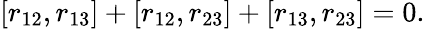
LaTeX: [r_{12},r_{13}]+[r_{12},r_{23}]+[r_{13},r_{23}]=0.